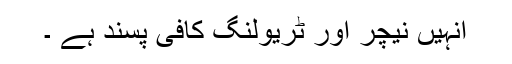
انہیں نیچر اور ٹریولنگ کافی پسند ہے ۔